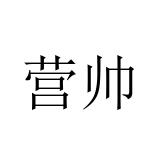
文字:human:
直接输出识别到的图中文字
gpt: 营帅